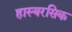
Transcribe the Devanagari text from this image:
हास्यरसिक